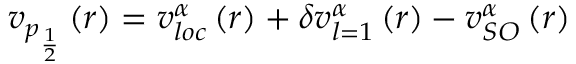
v _ { p _ { \frac { 1 } { 2 } } } \left( r \right) = v _ { l o c } ^ { \alpha } \left( r \right) + \delta v _ { l = 1 } ^ { \alpha } \left( r \right) - v _ { S O } ^ { \alpha } \left( r \right)